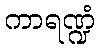
ကာရဏ္ဍံ